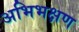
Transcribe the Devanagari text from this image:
अभिभक्षण